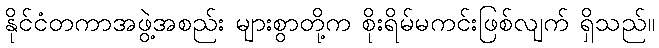
နိုင်ငံတကာအဖွဲ့အစည်း များစွာတို့က စိုးရိမ်မကင်းဖြစ်လျက် ရှိသည်။